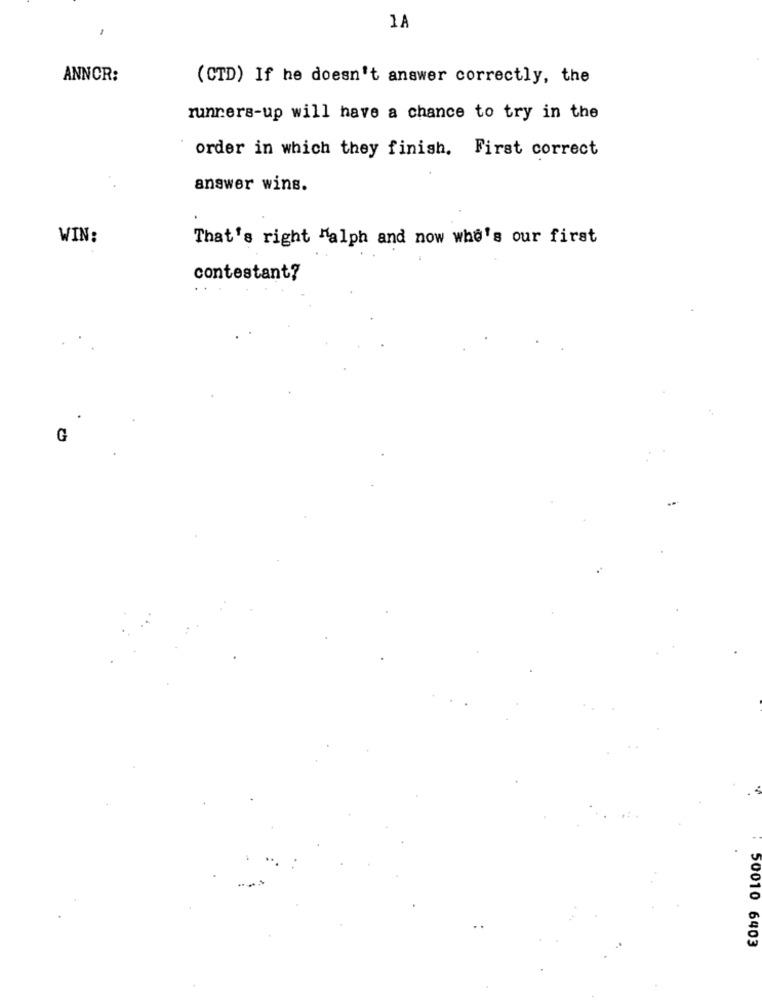
1A
ANNCR:
(CTD) If he doesn't answer correctly, the
runners-up will have a chance to try in the
order in which they finish. First correct
answer wins.
WIN:
That's right "alph and now who's our first
contestant?
G
50010 6403